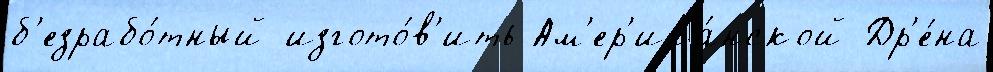
б'езрабо́тный изгото́в'ить Ам'ер'ика́нской Др'е́на